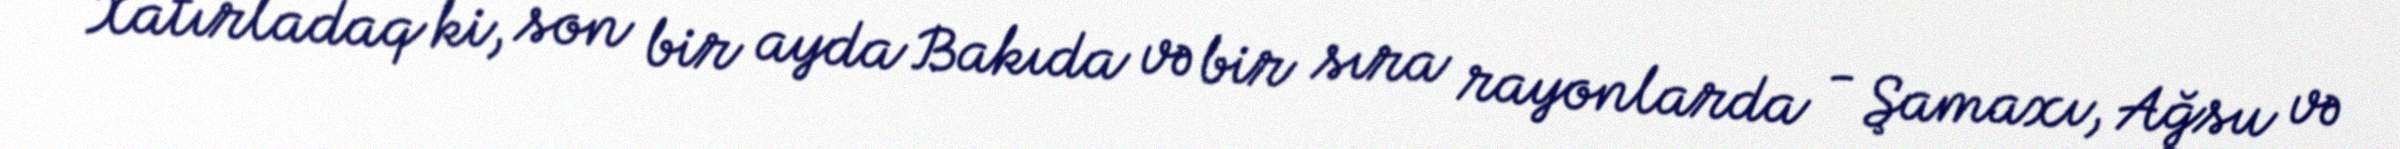
Xatırladaq ki, son bir ayda Bakıda və bir sıra rayonlarda - Şamaxı, Ağsu və